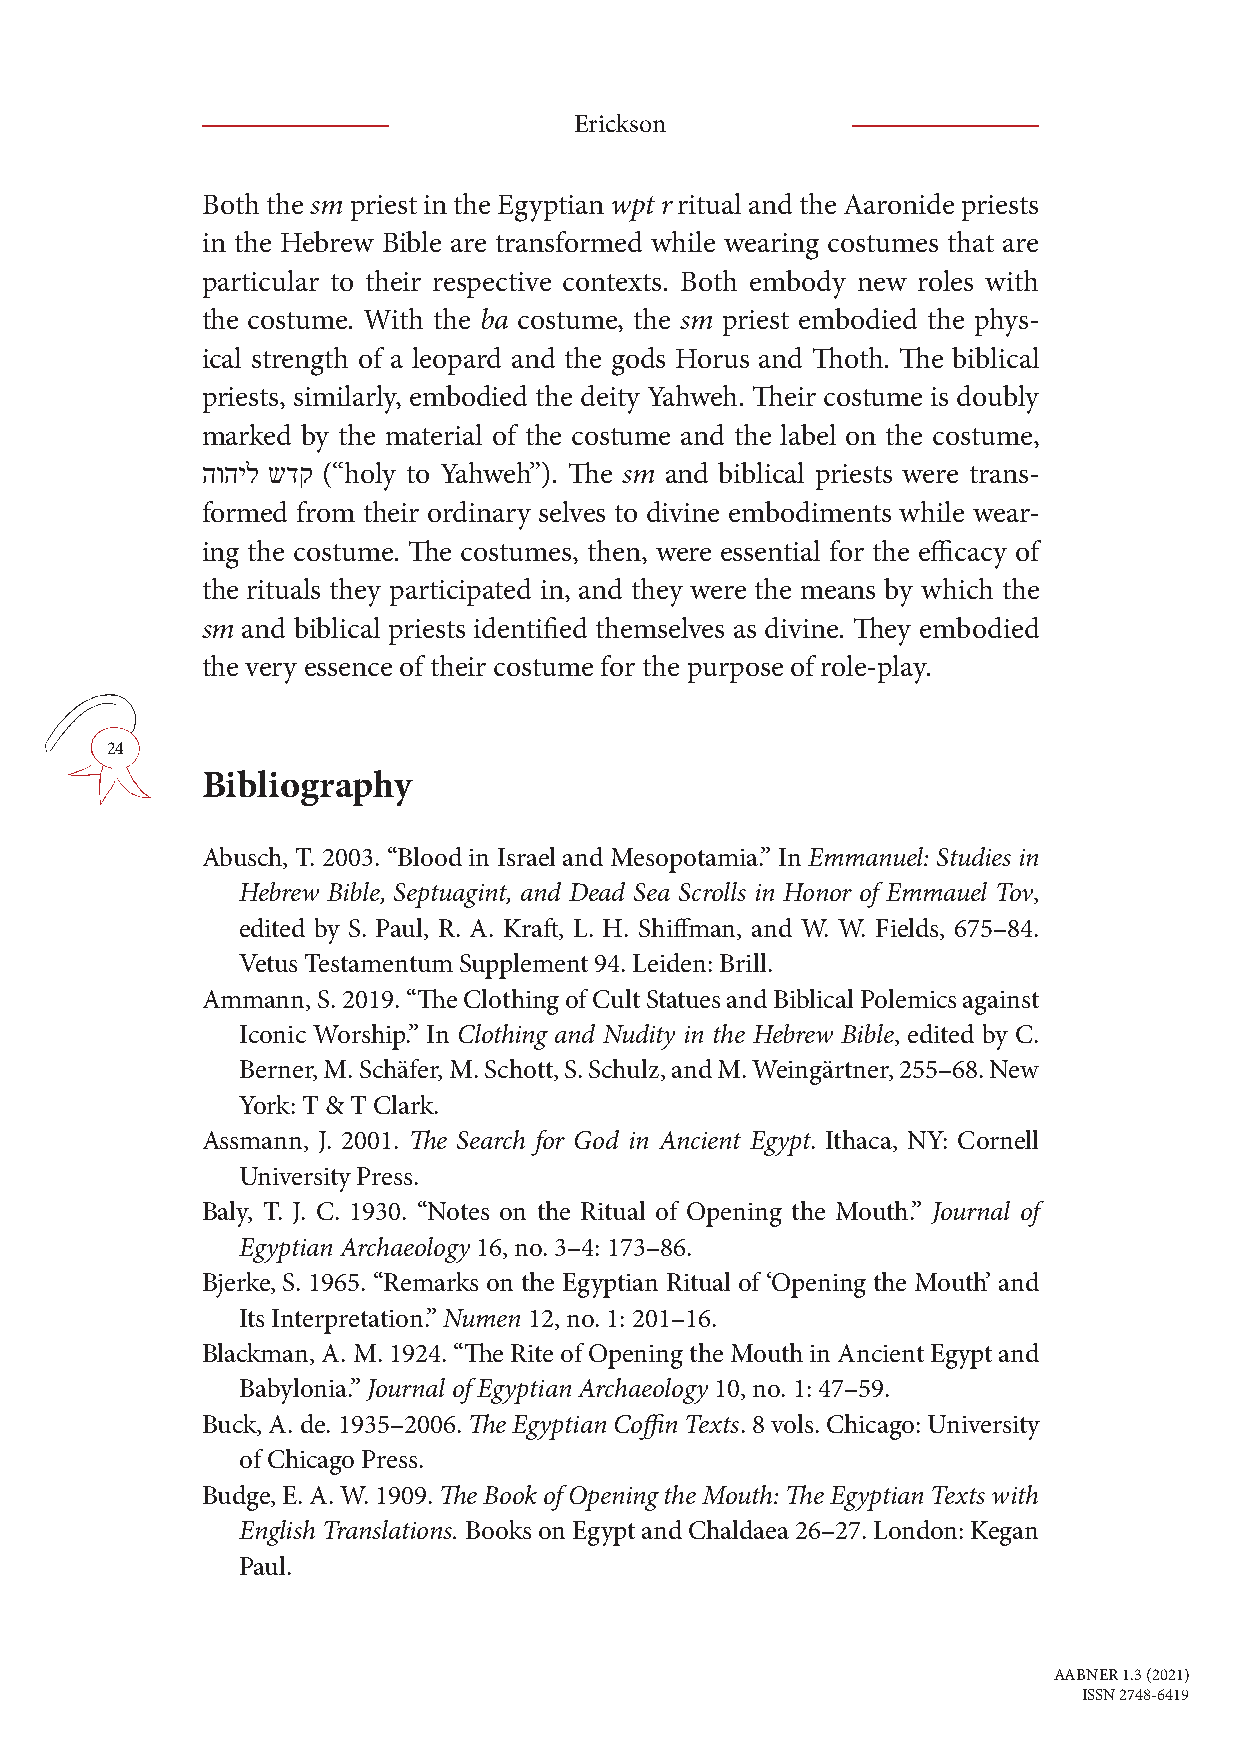
Erickson
 Both the sm priest in the Egyptian wpt r ritual and the Aaronide priests
 in the Hebrew Bible are transformed while wearing costumes that are
 particular to their respective contexts. Both embody new roles with
 the costume. With the ba costume, the sm priest embodied the phys-
 ical strength of a leopard and the gods Horus and Thoth. The biblical
 priests, similarly, embodied the deity Yahweh. Their costume is doubly
 marked by the material of the costume and the label on the costume,
 הוהיל שדק (“holy to Yahweh”). The sm and biblical priests were trans-
 formed from their ordinary selves to divine embodiments while wear-
 ing the costume. The costumes, then, were essential for the efficacy of
 the rituals they participated in, and they were the means by which the
 sm and biblical priests identified themselves as divine. They embodied
 the very essence of their costume for the purpose of role-play.
 24
 Bibliography
 Abusch, T. 2003. “Blood in Israel and Mesopotamia.” In Emmanuel: Studies in
 Hebrew Bible, Septuagint, and Dead Sea Scrolls in Honor of Emmauel Tov,
 edited by S. Paul, R. A. Kraft, L. H. Shiffman, and W. W. Fields, 675–84.
 Vetus Testamentum Supplement 94. Leiden: Brill.
 Ammann, S. 2019. “The Clothing of Cult Statues and Biblical Polemics against
 Iconic Worship.” In Clothing and Nudity in the Hebrew Bible, edited by C.
 Berner, M. Schäfer, M. Schott, S. Schulz, and M. Weingärtner, 255–68. New
 York: T & T Clark.
 Assmann, J. 2001. The Search for God in Ancient Egypt. Ithaca, NY: Cornell
 University Press.
 Baly, T. J. C. 1930. “Notes on the Ritual of Opening the Mouth.” Journal of
 Egyptian Archaeology 16, no. 3–4: 173–86.
 Bjerke, S. 1965. “Remarks on the Egyptian Ritual of ‘Opening the Mouth’ and
 Its Interpretation.” Numen 12, no. 1: 201–16.
 Blackman, A. M. 1924. “The Rite of Opening the Mouth in Ancient Egypt and
 Babylonia.” Journal of Egyptian Archaeology 10, no. 1: 47–59.
 Buck, A. de. 1935–2006. The Egyptian Coffin Texts. 8 vols. Chicago: University
 of Chicago Press.
 Budge, E. A. W. 1909. The Book of Opening the Mouth: The Egyptian Texts with
 English Translations. Books on Egypt and Chaldaea 26–27. London: Kegan
 Paul.
 AABNER 1.3 (2021)
 ISSN 2748-6419